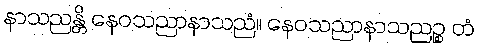
နာသညန္တိ နေဝသညာနာသညံ။ နေဝသညာနာသညဉ္စ တံ